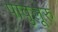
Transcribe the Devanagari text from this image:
पावुलूरु